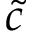
\tilde { c }